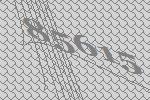
85615